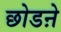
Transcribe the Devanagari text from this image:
छोडऩे